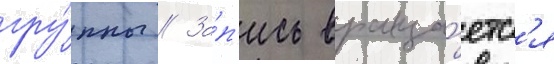
гру́ппы // За́п'ись враща́етс'я